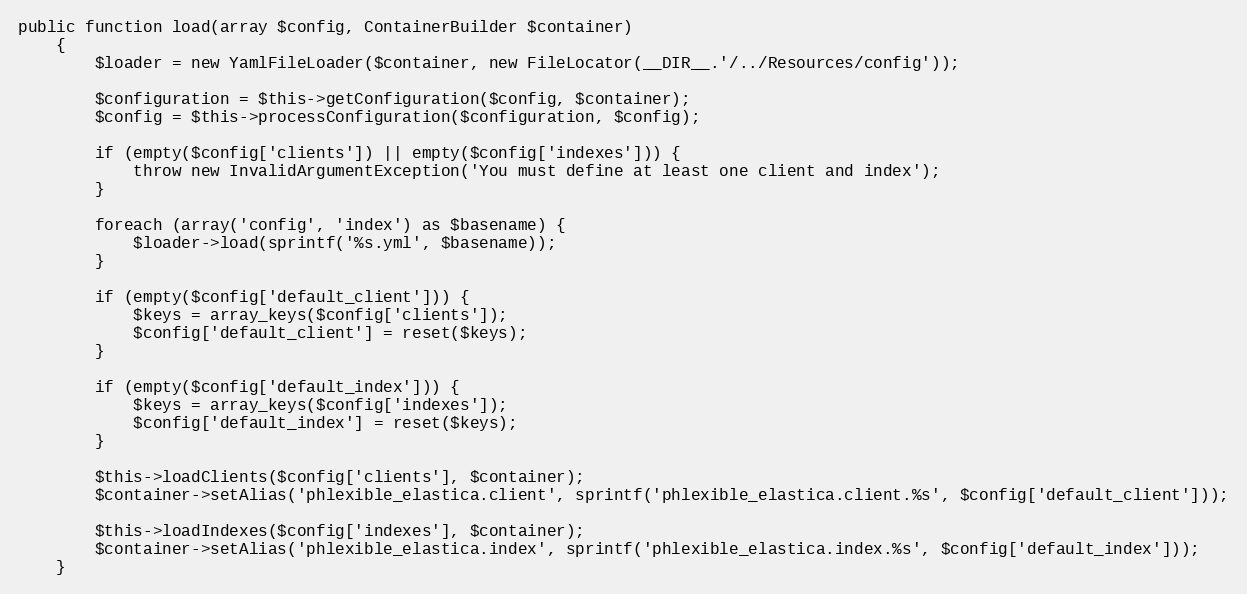
Language: PHP
public function load(array $config, ContainerBuilder $container)
    {
        $loader = new YamlFileLoader($container, new FileLocator(__DIR__.'/../Resources/config'));

        $configuration = $this->getConfiguration($config, $container);
        $config = $this->processConfiguration($configuration, $config);

        if (empty($config['clients']) || empty($config['indexes'])) {
            throw new InvalidArgumentException('You must define at least one client and index');
        }

        foreach (array('config', 'index') as $basename) {
            $loader->load(sprintf('%s.yml', $basename));
        }

        if (empty($config['default_client'])) {
            $keys = array_keys($config['clients']);
            $config['default_client'] = reset($keys);
        }

        if (empty($config['default_index'])) {
            $keys = array_keys($config['indexes']);
            $config['default_index'] = reset($keys);
        }

        $this->loadClients($config['clients'], $container);
        $container->setAlias('phlexible_elastica.client', sprintf('phlexible_elastica.client.%s', $config['default_client']));

        $this->loadIndexes($config['indexes'], $container);
        $container->setAlias('phlexible_elastica.index', sprintf('phlexible_elastica.index.%s', $config['default_index']));
    }